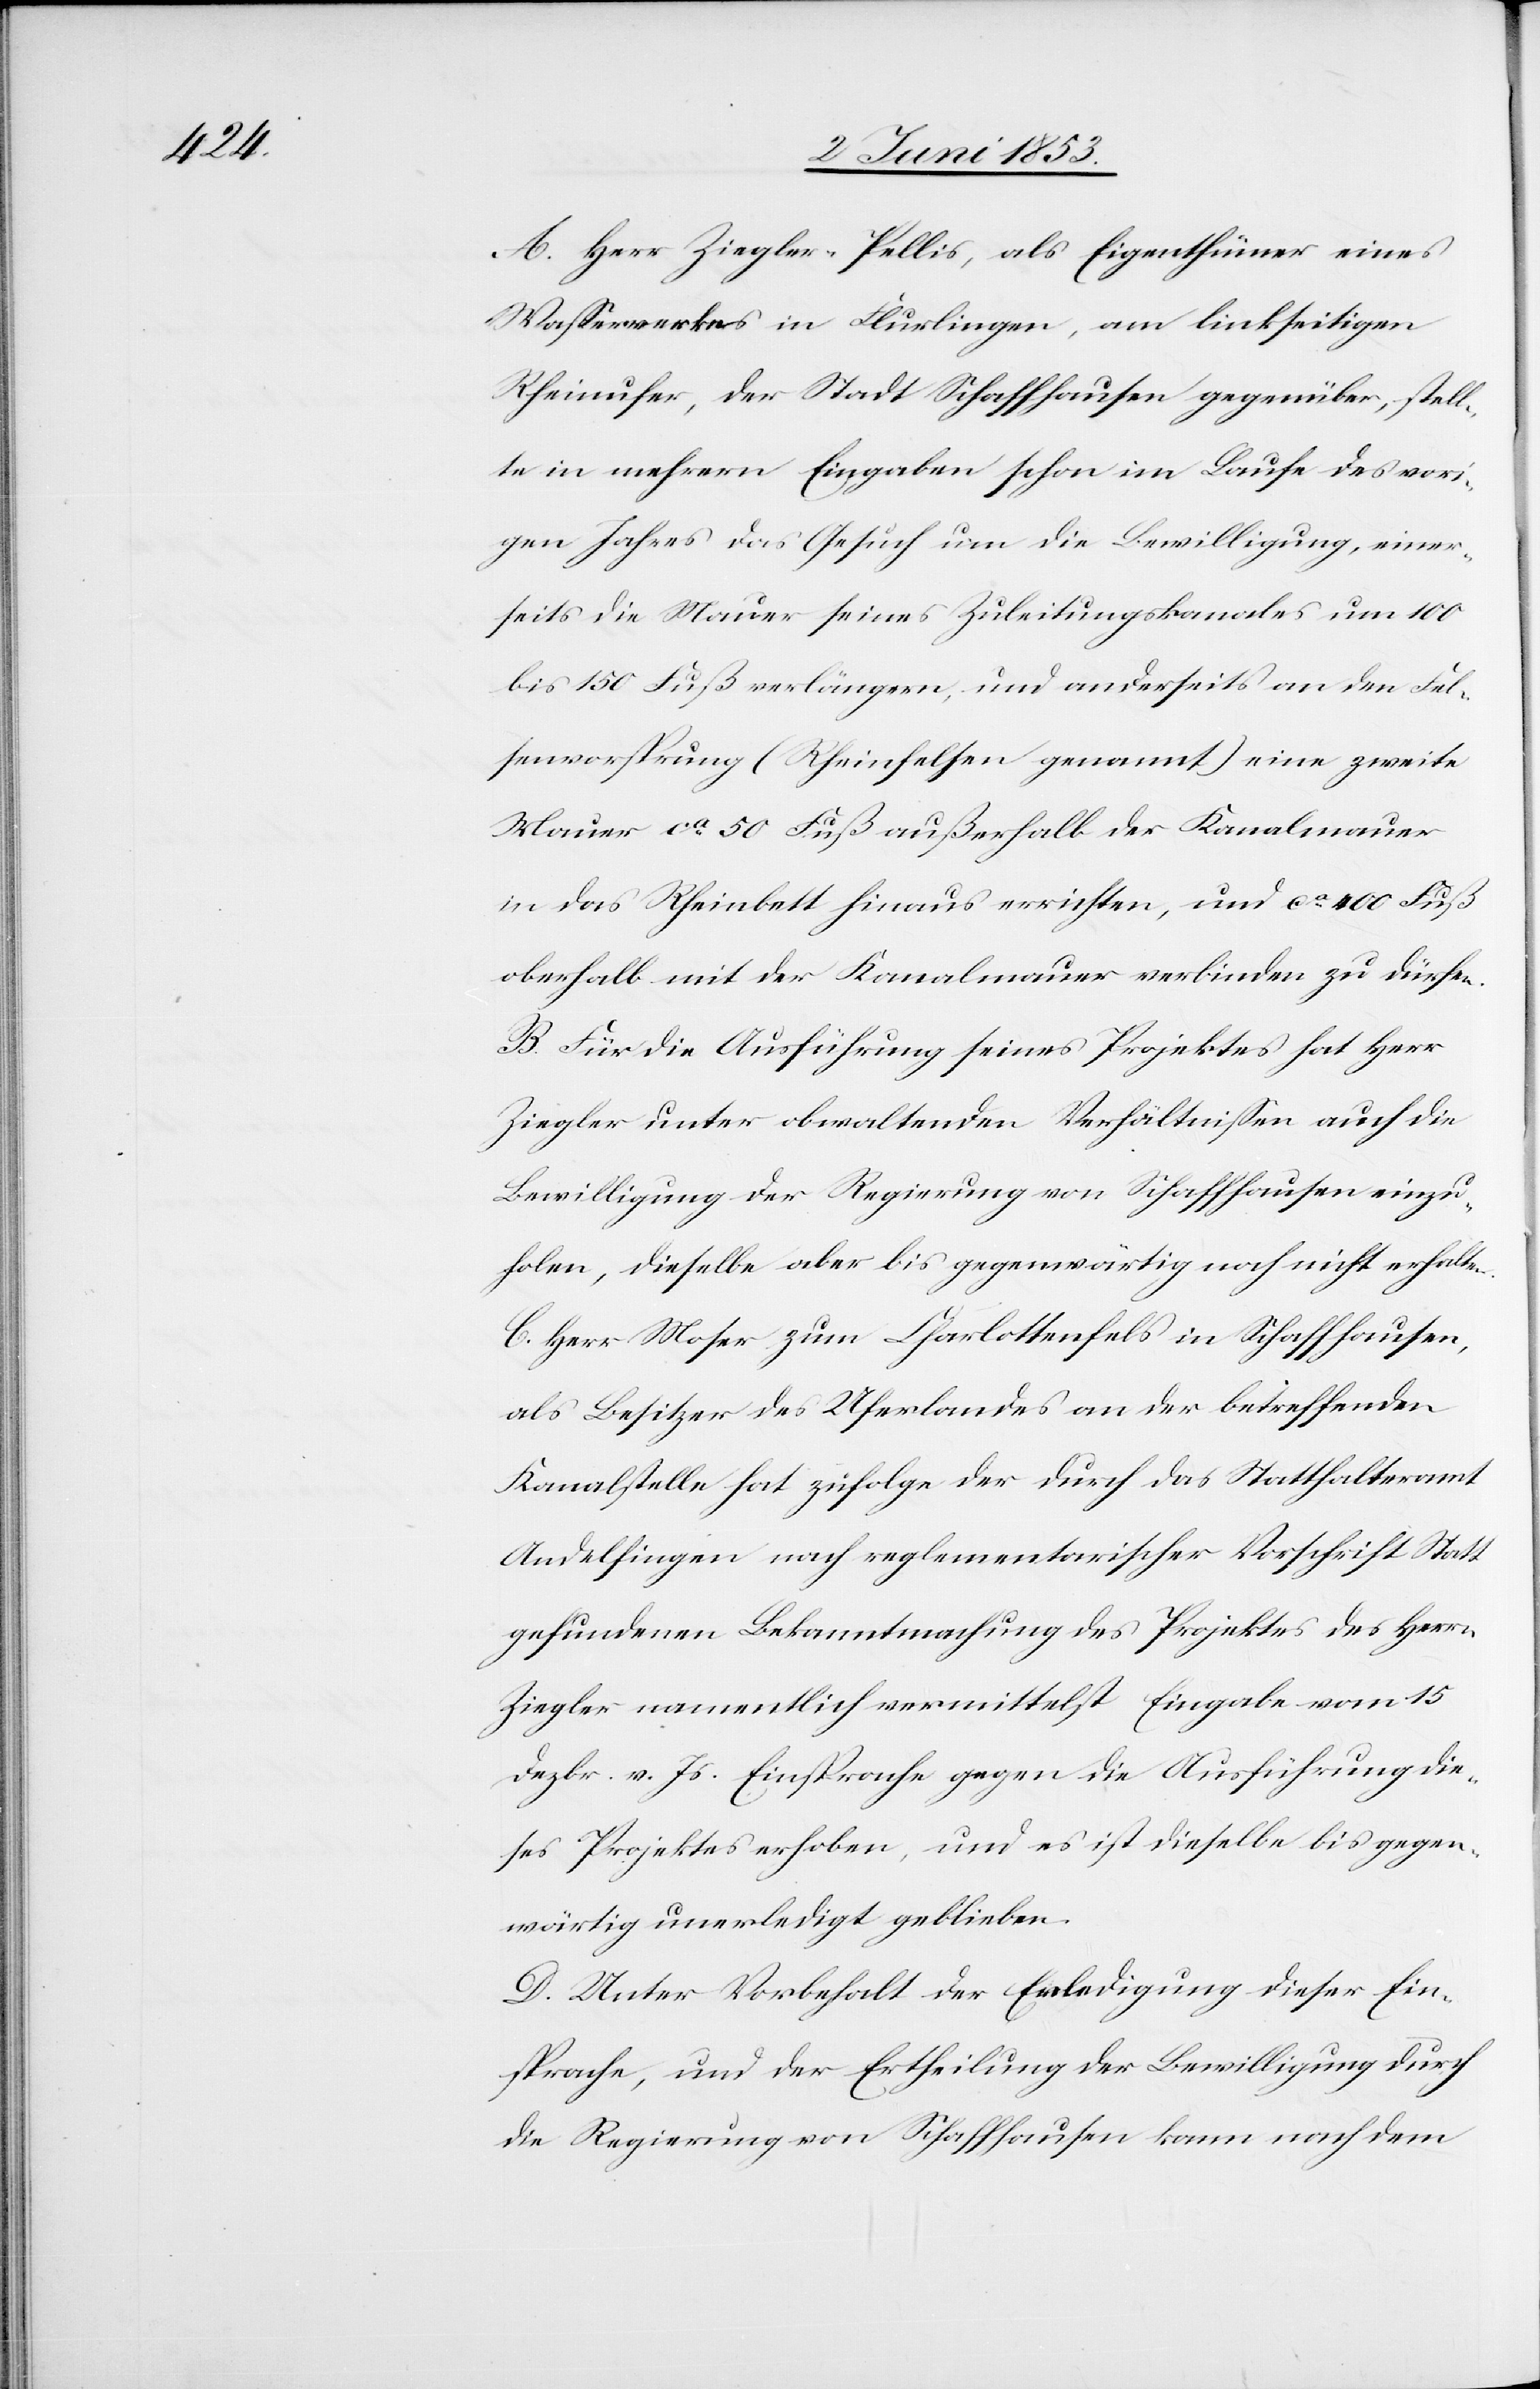
A. Herr Ziegler-Pellis, als Eigenthümer eines
Waßerwerkes in Flurlingen, am linkseitigen
Rheinufer, der Stadt Schaffhausen gegenüber, stell¬
te in mehrern Eingaben schon im Laufe des vori¬
gen Jahres das Gesuch um die Bewilligung, einer¬
seits die Mauer seines Zuleitungskanales um 100
bis 150 Fuß verlängern, und anderseits an den Fel¬
senvorsprung (Rheinfelden genannt) eine zweite
Mauer ca. 50 Fuß außerhalb der Kanalmauer
in das Rheinbett hinaus errichten, und ca. 400 Fuß
oberhalb mit der Kanalmauer verbinden zu dürfen.
B. Für die Ausführung seines Projektes hat Herr
Ziegler unter obwaltenden Verhältnißen auch die
Bewilligung der Regierung von Schaffhausen einzu¬
holen, dieselbe aber bis gegenwärtig noch nicht erhalten.
C. Herr Moser zum Charlottenfels in Schaffhausen,
als Besitzer des Uferlandes an der betreffenden
Kanalstelle hat zufolge der durch das Statthalteramt
Andelfingen nach reglementarischer Vorschrift Statt
gefundenen Bekanntmachung des Projektes des Herrn
Ziegler namentlich vermittelst Eingabe vom 15
Dezbr. v. Js. Einsprache gegen die Ausführung die¬
ses Projektes erhoben, und es ist dieselbe bis gegen¬
wärtig unerledigt geblieben.
D. Unter Vorbehalt der Erledigung dieser Ein¬
sprache, und der Ertheilung der Bewilligung durch
die Regierung von Schaffhausen kann nach dem